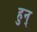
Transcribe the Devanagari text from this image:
हुन्